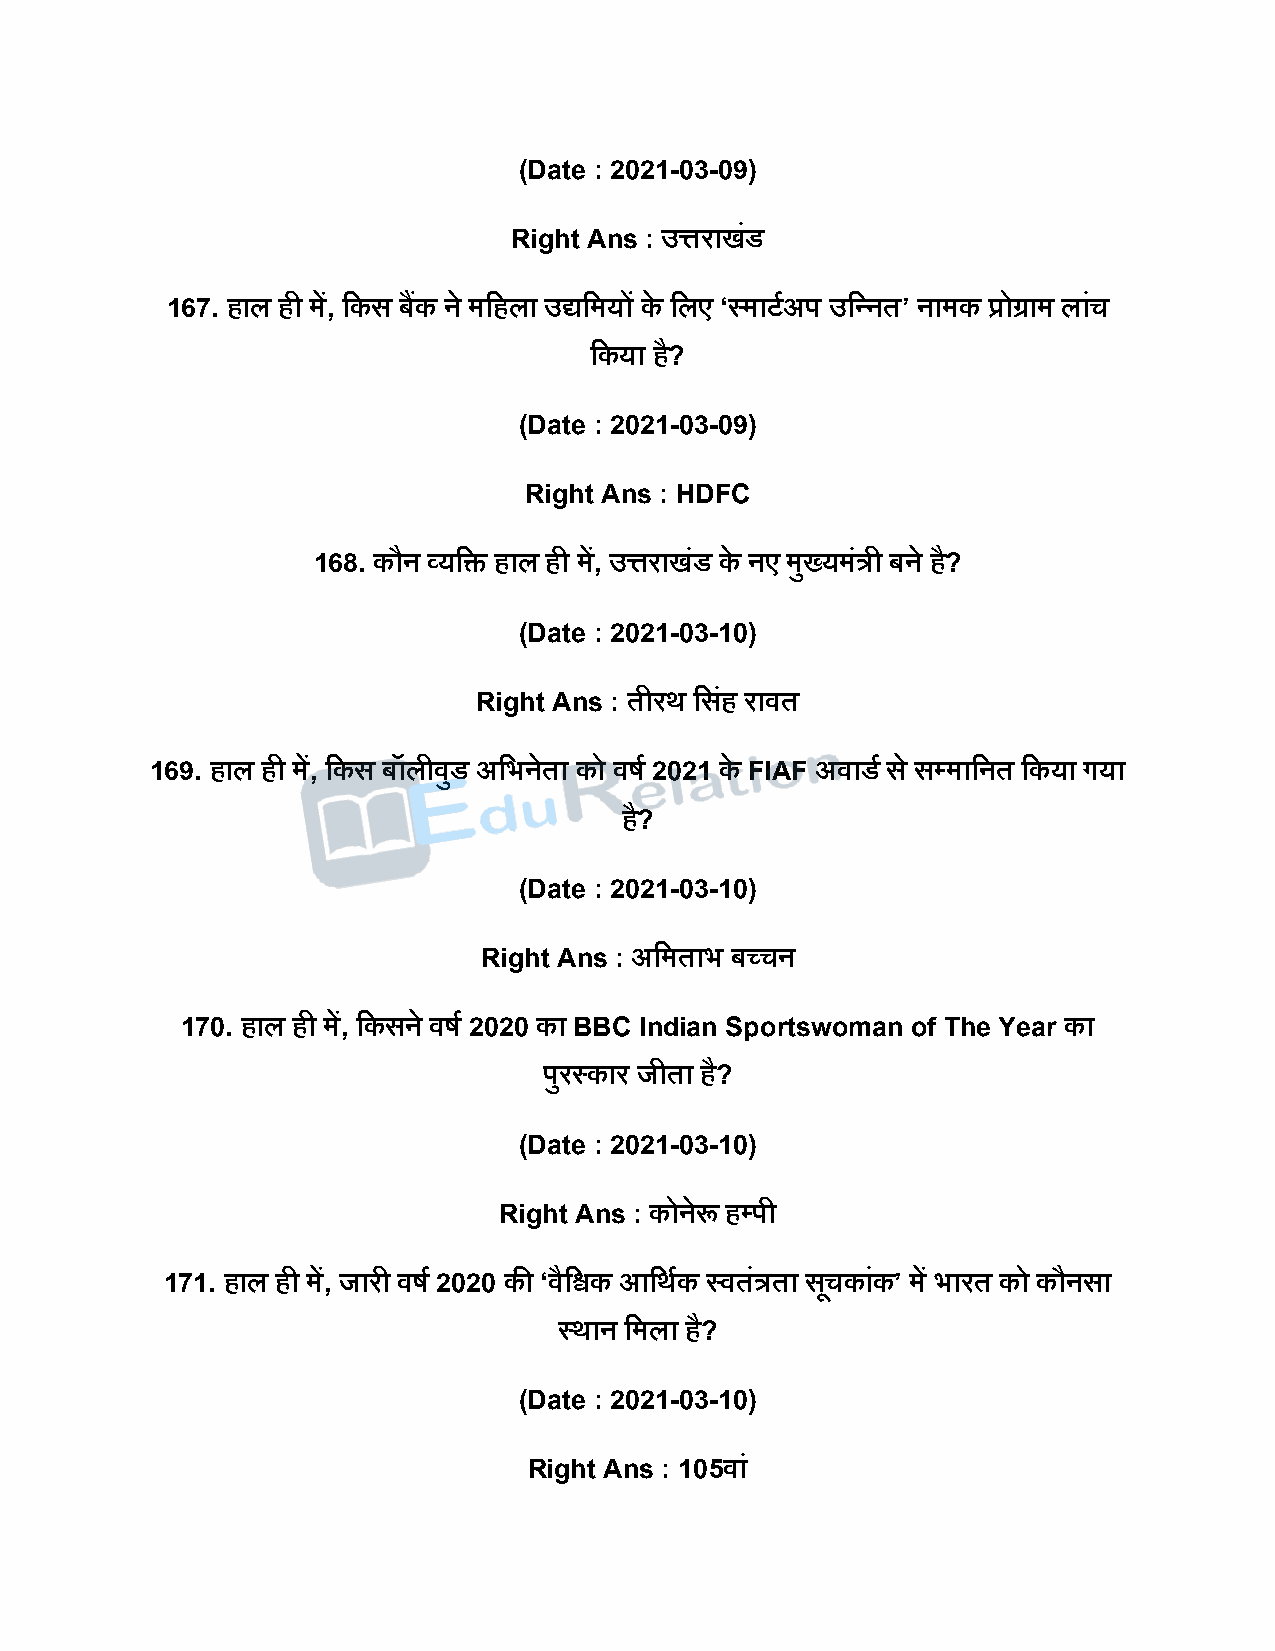
(Date : 2021-03-09)
 Right Ans : उत्तराखंड
 167. हाल ही में, दकस बकैं ने मदहला उद्यदमयों के दलए ‘स्माटषअि उदन्न त’ नामक प्रोग्राम लांच
 दकया है?
 (Date : 2021-03-09)
 Right Ans : HDFC
 168. कौन व्यदि हाल ही में, उत्तराखंड के नए मुख्यमंत्री बने है?
 (Date : 2021-03-10)
 Right Ans : तीरथ दसहं रावत
 169. हाल ही में, दकस बॉलीवुड अदभनेता को वर्ष 2021 के FIAF अवाडष स े सपमादनत दकया गया
 है?
 (Date : 2021-03-10)
 Right Ans : अदमताभ बच्चन
 170. हाल ही में, दकसने वर्ष 2020 का BBC Indian Sportswoman of The Year का
 िुरस्कार जीता है?
 (Date : 2021-03-10)
 Right Ans : कोनेरू हपिी
 171. हाल ही में, जारी वर्ष 2020 की ‘वैदश्वक आदथषक स्वतंत्रता सचू कांक’ में भारत को कौनसा
 स्थान दमला है?
 (Date : 2021-03-10)
 Right Ans : 105वां